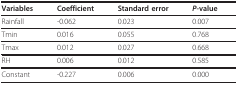
| Variables | Coefficient | Standard error | P-value |
 | --- | --- | --- | --- |
 | Rainfall | -0.062 | 0.023 | 0.007 |
 | Tmin | 0.016 | 0.055 | 0.768 |
 | Tmax | 0.012 | 0.027 | 0.668 |
 | RH | 0.006 | 0.012 | 0.585 |
 | Constant | -0.227 | 0.006 | 0.000 |